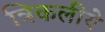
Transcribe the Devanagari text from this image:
त्रिकलीये